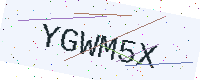
Text: YGWM5X